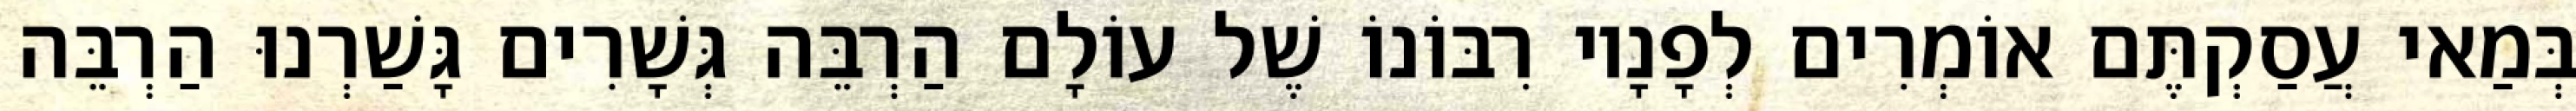
בְּמַאי עֲסַקְתֶּם אוֹמְרִים לְפָנָיו רִבּוֹנוֹ שֶׁל עוֹלָם הַרְבֵּה גְּשָׁרִים גָּשַׁרְנוּ הַרְבֵּה